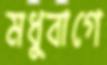
মধুবাগে